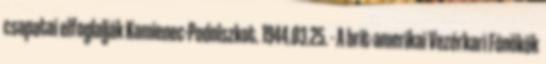
csapatai elfoglalják Kamienec-Podolszkot. 1944.03.25. - A brit-amerikai Vezérkari Fõnökök